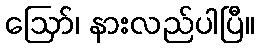
ဪ၊ နားလည်ပါပြီ။